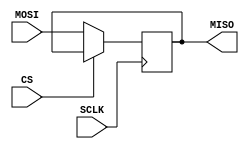
`timescale 1ns / 1ps
//////////////////////////////////////////////////////////////////////////////////
// Company: 
// Engineer: 
// 
// Design Name: 
// Module Name:    SPI_Echo 
// Project Name: 
// Target Devices: 
// Tool versions: 
// Description: 
//
// Dependencies: 
//
// Revision: 
// Revision 0.01 - File Created
// Additional Comments: 
// Doesn't actually work, not sure how to debug it
//////////////////////////////////////////////////////////////////////////////////
module SPI_Echo(
    input wire MOSI,
    output reg MISO,
    input SCLK,
    input CS
    );

    always @(posedge SCLK) begin
        // Only do SPI stuff is chip select (CS) is low
        if (!CS) begin
            MISO <= MOSI; // Echo bits received by the master
        end
    end

endmodule